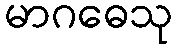
မာဂဓေသု